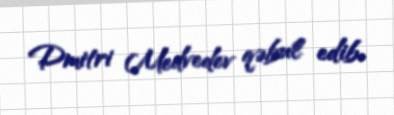
Dmitri Medvedev qəbul edib.